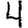
Digit: 4